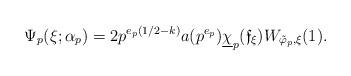
LaTeX: \begin{align*} \Psi_p(\xi;\alpha_p) = 2p^{e_p(1/2-k)}a(p^{e_p})\underline{\chi}_{p}(\mathfrak f_{\xi})W_{\tilde{\varphi}_p,\xi}(1). \end{align*}